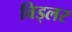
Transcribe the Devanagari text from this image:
विड्लर